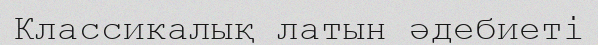
Классикалық латын әдебиеті